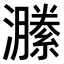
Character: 𤂵